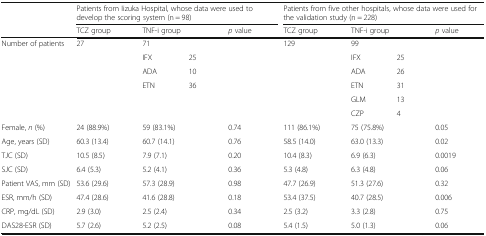
<table><thead><tr><td></td><td colspan="4"><b>Patients from Iizuka Hospital, whose data were used to develop the scoring system (n = 98)</b></td><td colspan="4"><b>Patients from five other hospitals, whose data were used for the validation study (n = 228)</b></td></tr><tr><td></td><td><b>TCZ group</b></td><td colspan="2"><b>TNF-i group</b></td><td><b><i>p</i> value</b></td><td><b>TCZ group</b></td><td colspan="2"><b>TNF-i group</b></td><td><b><i>p</i> value</b></td></tr></thead><tbody><tr><td>Number of patients</td><td>27</td><td colspan="2">71</td><td></td><td>129</td><td colspan="2">99</td><td></td></tr><tr><td></td><td></td><td>IFX</td><td>25</td><td></td><td></td><td>IFX</td><td>25</td><td></td></tr><tr><td></td><td></td><td>ADA</td><td>10</td><td></td><td></td><td>ADA</td><td>26</td><td></td></tr><tr><td></td><td></td><td>ETN</td><td>36</td><td></td><td></td><td>ETN</td><td>31</td><td></td></tr><tr><td></td><td></td><td></td><td></td><td></td><td></td><td>GLM</td><td>13</td><td></td></tr><tr><td></td><td></td><td></td><td></td><td></td><td></td><td>CZP</td><td>4</td><td></td></tr><tr><td>Female, <i>n</i> (%)</td><td>24 (88.9%)</td><td colspan="2">59 (83.1%)</td><td>0.74</td><td>111 (86.1%)</td><td colspan="2">75 (75.8%)</td><td>0.05</td></tr><tr><td>Age, years (SD)</td><td>60.3 (13.4)</td><td colspan="2">60.7 (14.1)</td><td>0.76</td><td>58.5 (14.0)</td><td colspan="2">63.0 (13.3)</td><td>0.02</td></tr><tr><td>TJC (SD)</td><td>10.5 (8.5)</td><td colspan="2">7.9 (7.1)</td><td>0.20</td><td>10.4 (8.3)</td><td colspan="2">6.9 (6.3)</td><td>0.0019</td></tr><tr><td>SJC (SD)</td><td>6.4 (5.3)</td><td colspan="2">5.2 (4.1)</td><td>0.36</td><td>5.3 (4.8)</td><td colspan="2">6.3 (4.8)</td><td>0.06</td></tr><tr><td>Patient VAS, mm (SD)</td><td>53.6 (29.6)</td><td colspan="2">57.3 (28.9)</td><td>0.98</td><td>47.7 (26.9)</td><td colspan="2">51.3 (27.6)</td><td>0.32</td></tr><tr><td>ESR, mm/h (SD)</td><td>47.4 (28.6)</td><td colspan="2">41.6 (28.8)</td><td>0.18</td><td>53.4 (37.5)</td><td colspan="2">40.7 (28.5)</td><td>0.006</td></tr><tr><td>CRP, mg/dL (SD)</td><td>2.9 (3.0)</td><td colspan="2">2.5 (2.4)</td><td>0.34</td><td>2.5 (3.2)</td><td colspan="2">3.3 (2.8)</td><td>0.75</td></tr><tr><td>DAS28-ESR (SD)</td><td>5.7 (2.6)</td><td colspan="2">5.2 (2.5)</td><td>0.08</td><td>5.4 (1.5)</td><td colspan="2">5.0 (1.3)</td><td>0.06</td></tr></tbody></table>